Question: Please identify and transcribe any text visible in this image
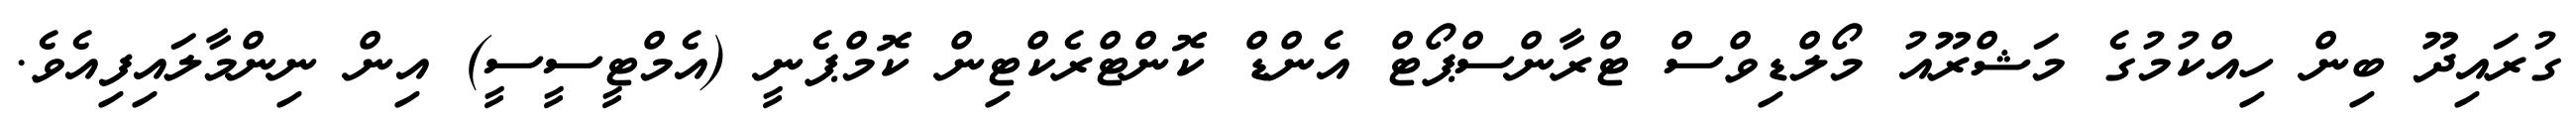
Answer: ގުރައިދޫ ބިން ހިއްކުމުގެ މަޝްރޫއު މޯލްޑިވްސް ޓްރާންސްޕޯޓް އެންޑް ކޮންޓްރެކްޓިން ކޮމްޕެނީ (އެމްޓީސީސީ) އިން ނިންމާލައިފިއެވެ.